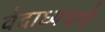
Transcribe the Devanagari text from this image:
वेदाध्ययने